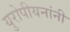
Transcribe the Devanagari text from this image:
युरोपीयनांनी